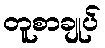
တူစာချုပ်